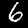
Digit: 6